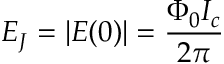
E _ { J } = | E ( 0 ) | = { \frac { \Phi _ { 0 } I _ { c } } { 2 \pi } }